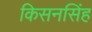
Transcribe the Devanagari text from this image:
किसनसिंह